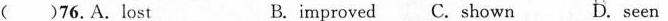
( )76.A.lost B.improved C.Shown D. seen